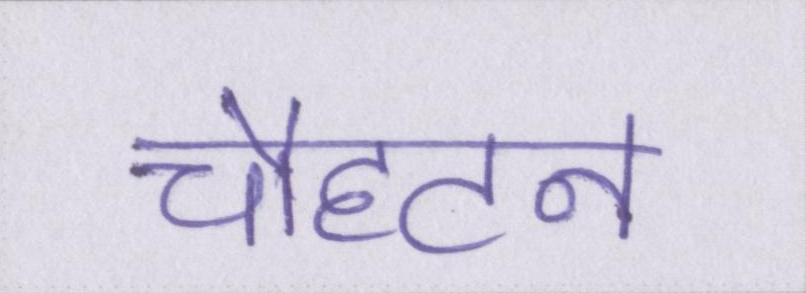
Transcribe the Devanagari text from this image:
चौहटन